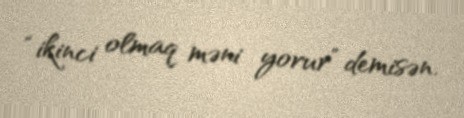
“ikinci olmaq məni yorur” demisən.